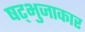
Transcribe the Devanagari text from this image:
षट्भुजाकार